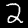
Digit: 2